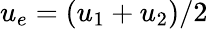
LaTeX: u_{e}=\left(u_{1}+u_{2}\right)/2